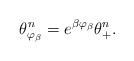
LaTeX: \begin{align*}\theta_{\varphi_{\beta}}^n =e^{\beta\varphi_{\beta}} \theta_+^n.\end{align*}